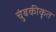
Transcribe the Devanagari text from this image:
चुंबकीकृत